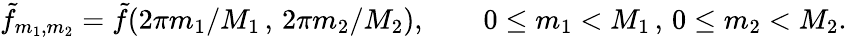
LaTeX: \tilde{f}_{m_{1},m_{2}}=\tilde{f}(2\pi m_{1}/M_{1}\, ,\, 2\pi m_{2}/M_{2}),\qquad 0\le m_{1}<M_{1}\, ,\, 0\le m_{2}<M_{2}.